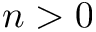
n > 0